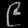
Digit: ၉